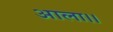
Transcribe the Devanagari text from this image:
आला।।